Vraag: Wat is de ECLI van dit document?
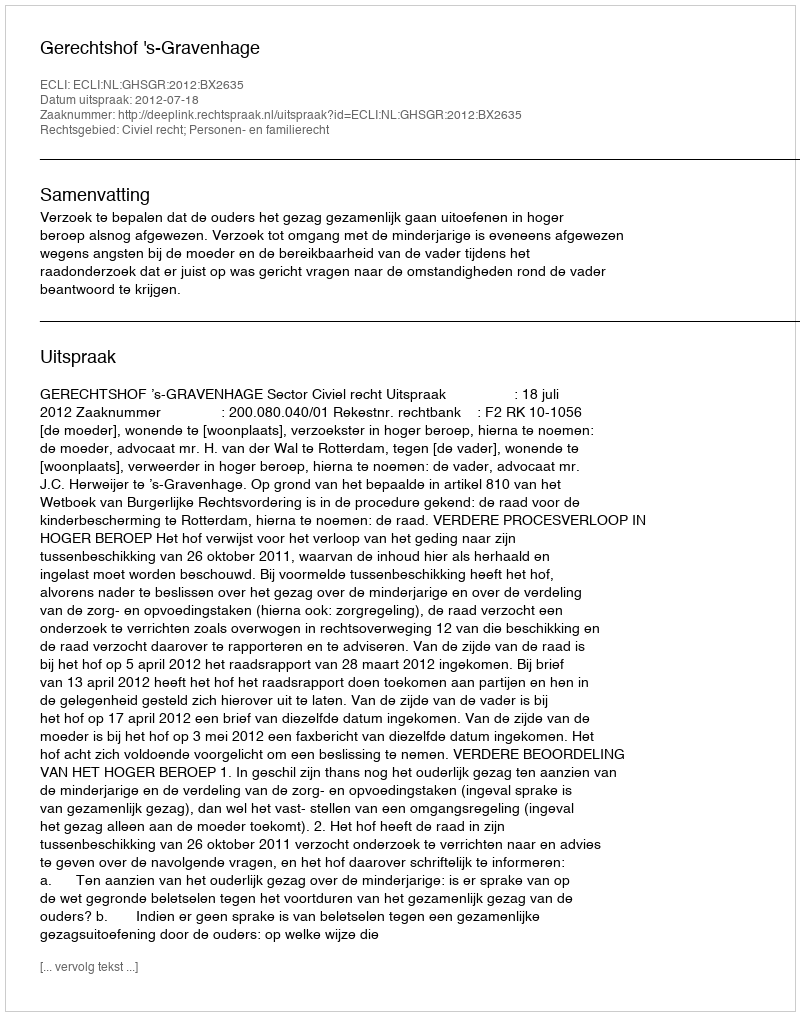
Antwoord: ECLI:NL:GHSGR:2012:BX2635